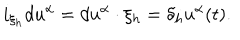
i _ { \xi _ { h } } d u ^ { \alpha } = d u ^ { \alpha } \cdot \xi _ { h } = \delta _ { h } u ^ { \alpha } ( t ) .